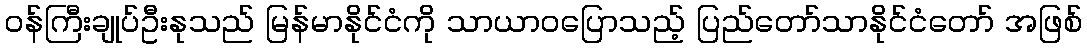
ဝန်ကြီးချုပ်ဦးနုသည် မြန်မာနိုင်ငံကို သာယာဝပြောသည့် ပြည်တော်သာနိုင်ငံတော် အဖြစ်